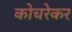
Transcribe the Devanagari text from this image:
कोचरेकर